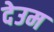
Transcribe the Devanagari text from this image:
देउम